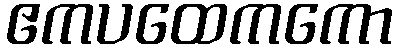
ဧကပထေကကော